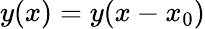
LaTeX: y(x)=y(x-x_{0})